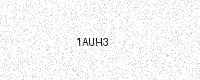
Text: 1AUH3